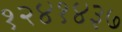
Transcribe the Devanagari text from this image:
१२४१४३७